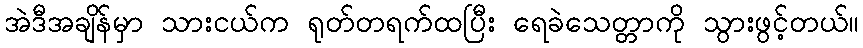
အဲဒီအချိန်မှာ သားငယ်က ရုတ်တရက်ထပြီး ရေခဲသေတ္တာကို သွားဖွင့်တယ်။